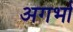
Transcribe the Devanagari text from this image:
अगर्भा